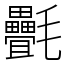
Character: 㲲